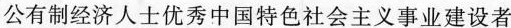
公有制经济人士优秀中国特色社会主义事业建设者